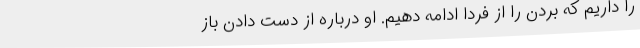
را داریم که بردن را از فردا ادامه دهیم. او درباره از دست دادن باز